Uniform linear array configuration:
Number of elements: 64
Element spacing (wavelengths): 0.5
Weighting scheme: kaiser
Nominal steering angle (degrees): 0
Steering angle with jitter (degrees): -1.294
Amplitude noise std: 0.05
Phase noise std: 0.05

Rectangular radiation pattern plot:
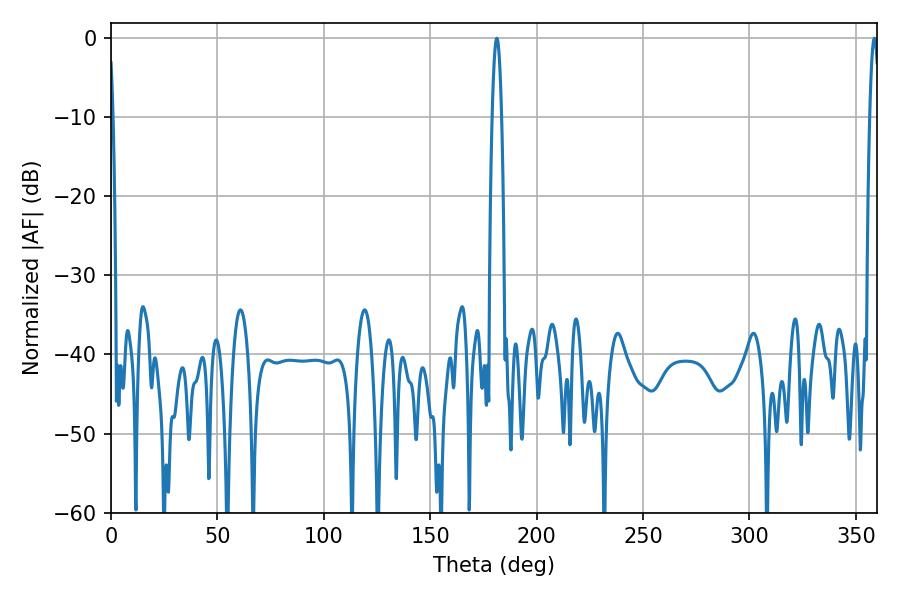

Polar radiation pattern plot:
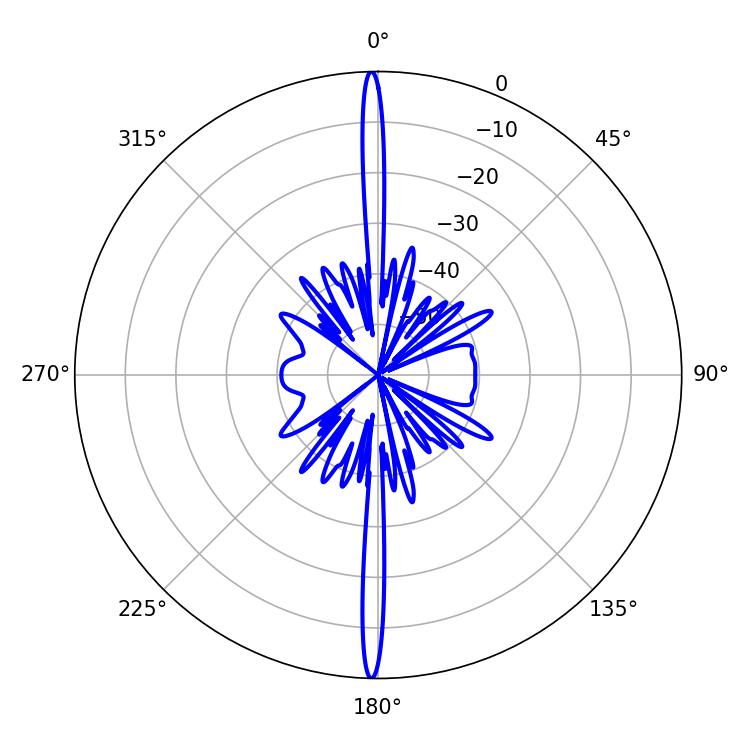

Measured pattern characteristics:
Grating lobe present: FALSE
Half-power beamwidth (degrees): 2.34
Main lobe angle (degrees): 181.26